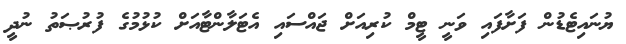
ޔުނައިޓެޑުން ފަށާފައި ވަނީ ޓީމް ކުރިއަށް ޖައްސައި އެޓަލާންޓާއަށް ކުޅުމުގެ ފުރުޞަތު ނުދީ